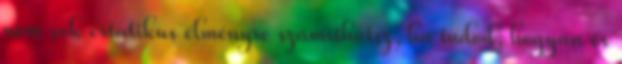
nem sok extatikus élményre számíthatsz, ha tudod, hogyan és